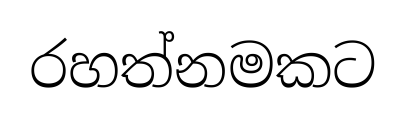
රහත්නමකට